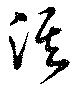
溪